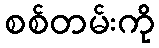
စစ်တမ်းကို